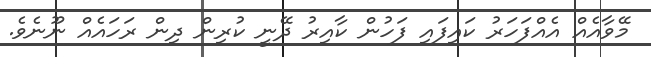
މޭވާއެއް އެއްފަހަރު ކައިފައި ފަހުން ކާއިރު ދޭނީ ކުރިން ދިން ރަހައެއް ނޫނެވެ.